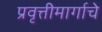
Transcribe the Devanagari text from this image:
प्रवृत्तीमार्गाचे